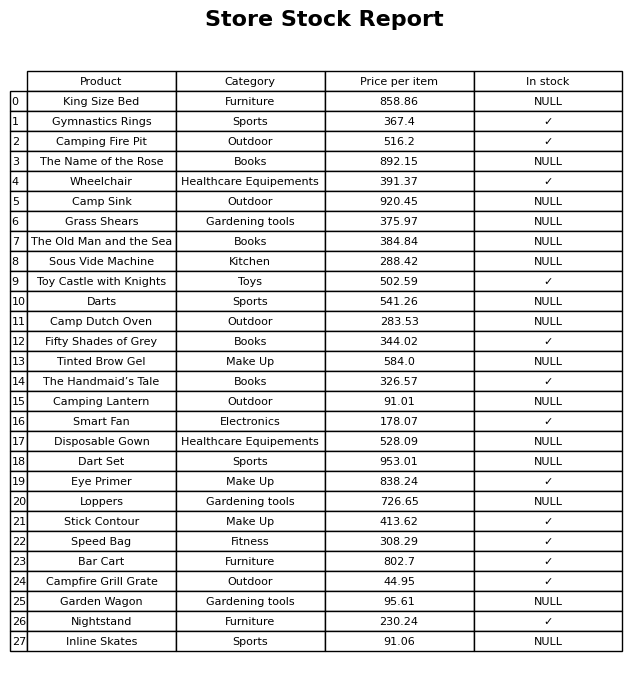
question: What is the price of the Sous Vide Machine?
answer: The price of Sous Vide Machine is 288.42.